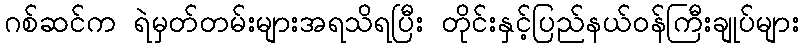
ဂစ်ဆင်က ရဲမှတ်တမ်းများအရသိရပြီး တိုင်းနှင့်ပြည်နယ်ဝန်ကြီးချုပ်များ